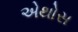
એથોસ